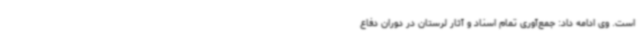
است. وی ادامه داد: جمع‌آوری تمام اسناد و آثار لرستان در دوران دفاع